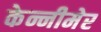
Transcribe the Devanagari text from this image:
केन्नीमेर